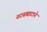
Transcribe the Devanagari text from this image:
नटसम्राटाने